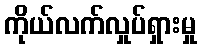
ကိုယ်လက်လှုပ်ရှားမှု